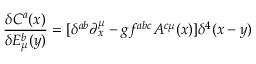
\frac { \delta C ^ { a } ( x ) } { \delta E _ { \mu } ^ { b } ( y ) } = [ \delta ^ { a b } \partial _ { x } ^ { \mu } - g f ^ { a b c } A ^ { c \mu } ( x ) ] \delta ^ { 4 } ( x - y )